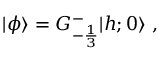
\vert \phi \rangle = G _ { - { \frac { 1 } { 3 } } } ^ { - } \vert { h ; 0 } \rangle { } ~ ,